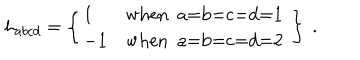
h _ { a b c d } = \left\{ \begin{array} { l l } { { 1 } } & { { \mathrm { w h e n ~ a = b = c = d = 1 ~ } } } \\ { { - 1 } } & { { \mathrm { w h e n ~ a = b = c = d = 2 ~ } } } \\ \end{array} \right\} \ .